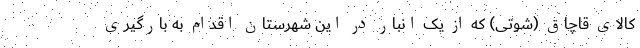
کالای قاچاق (شوتی) که از یک انبار در این شهرستان اقدام به بارگیری